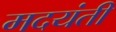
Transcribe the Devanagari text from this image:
मदयंती